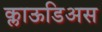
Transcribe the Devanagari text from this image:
क्लाऊडिअस